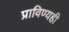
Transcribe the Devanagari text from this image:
प्राविण्यही